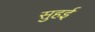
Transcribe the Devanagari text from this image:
सुहई